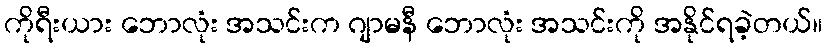
ကိုရီးယား ဘောလုံး အသင်းက ဂျာမနီ ဘောလုံး အသင်းကို အနိုင်ရခဲ့တယ်။